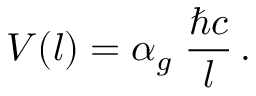
V ( l ) = \alpha _ { g } \; \frac { \hbar c } { l } \, .